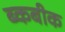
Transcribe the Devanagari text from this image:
ब्कबीक